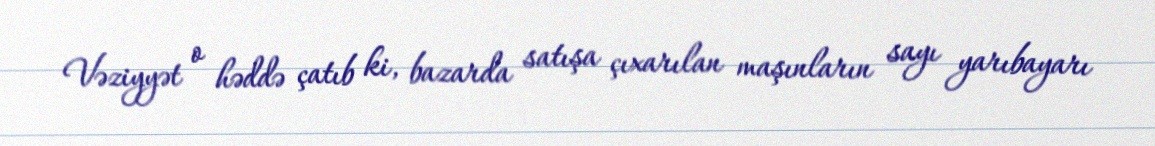
Vəziyyət o həddə çatıb ki, bazarda satışa çıxarılan maşınların sayı yarıbayarı